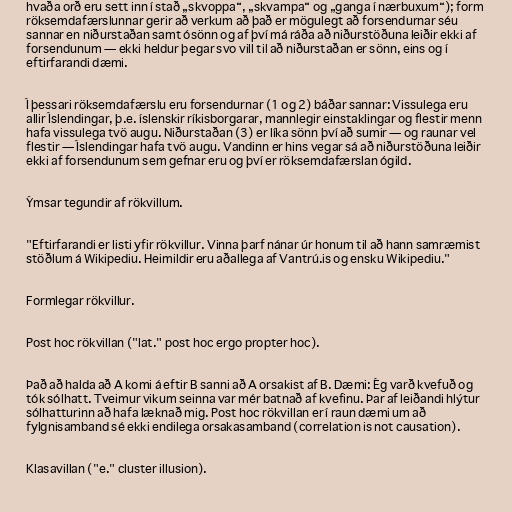
hvaða orð eru sett inn í stað „skvoppa“, „skvampa“ og „ganga í nærbuxum“); form
röksemdafærslunnar gerir að verkum að það er mögulegt að forsendurnar séu
sannar en niðurstaðan samt ósönn og af því má ráða að niðurstöðuna leiðir ekki af
forsendunum — ekki heldur þegar svo vill til að niðurstaðan er sönn, eins og í
eftirfarandi dæmi.

Í þessari röksemdafærslu eru forsendurnar (1 og 2) báðar sannar: Vissulega eru
allir Íslendingar, þ.e. íslenskir ríkisborgarar, mannlegir einstaklingar og flestir menn
hafa vissulega tvö augu. Niðurstaðan (3) er líka sönn því að sumir — og raunar vel
flestir — Íslendingar hafa tvö augu. Vandinn er hins vegar sá að niðurstöðuna leiðir
ekki af forsendunum sem gefnar eru og því er röksemdafærslan ógild.

Ýmsar tegundir af rökvillum.

"Eftirfarandi er listi yfir rökvillur. Vinna þarf nánar úr honum til að hann samræmist
stöðlum á Wikipediu. Heimildir eru aðallega af Vantrú.is og ensku Wikipediu."

Formlegar rökvillur.

Post hoc rökvillan ("lat." post hoc ergo propter hoc).

Það að halda að A komi á eftir B sanni að A orsakist af B. Dæmi: Ég varð kvefuð og
tók sólhatt. Tveimur vikum seinna var mér batnað af kvefinu. Þar af leiðandi hlýtur
sólhatturinn að hafa læknað mig. Post hoc rökvillan er í raun dæmi um að
fylgnisamband sé ekki endilega orsakasamband (correlation is not causation).

Klasavillan ("e." cluster illusion).